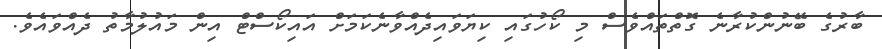
ބާރުގެ ބޭނުންކުރާނެ ގޮތްތައްވެސް މި ކޯހުގައި ކިޔަވައިދެއްވާނެކަމަށް އައިކޯސްޓް އިން މައުލުމާތު ދެއްވައެވެ.